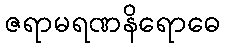
ဇရာမရဏနိရောဓေ